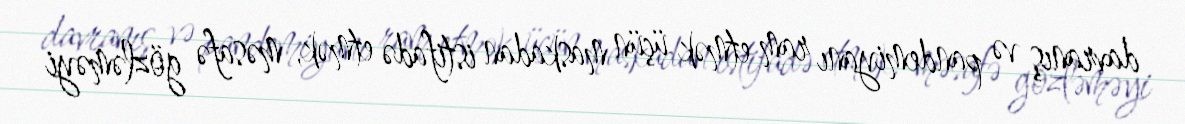
davranış və pandemiyanı ram etmək üçün maskadan istifadə etmək, məsafə gözləməyi